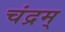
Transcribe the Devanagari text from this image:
चंद्रम्